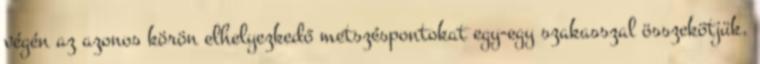
végén az azonos körön elhelyezkedő metszéspontokat egy-egy szakasszal összekötjük.